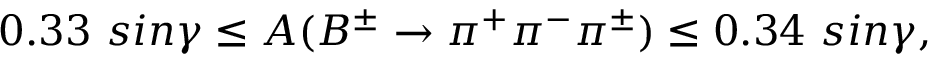
0 . 3 3 ~ s i n \gamma \leq A ( B ^ { \pm } \to \pi ^ { + } \pi ^ { - } \pi ^ { \pm } ) \leq 0 . 3 4 ~ s i n \gamma ,